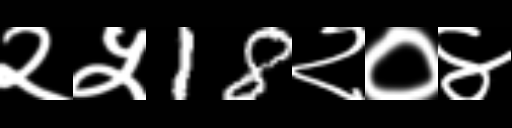
Text: २५18२०४